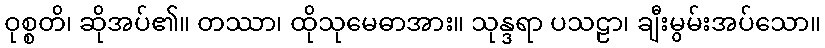
ဝုစ္စတိ၊ ဆိုအပ်၏။ တဿာ၊ ထိုသုမေဓာအား။ သုန္ဒရာ ပသဠာ၊ ချီးမွမ်းအပ်သော။